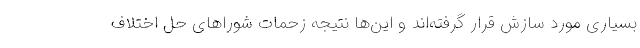
بسیاری مورد سازش قرار گرفته‌اند و این‌ها نتیجه زحمات شوراهای حل اختلاف